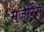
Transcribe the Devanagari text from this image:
मुजरिस